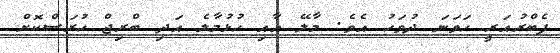
ފެބްރުއަރީ ހަވަނަ ދުވަހު އެވެ. މާލޭ އާއި ހުޅުމާލެ އަދި ބްރިޖް ހުރަސްކޮށް